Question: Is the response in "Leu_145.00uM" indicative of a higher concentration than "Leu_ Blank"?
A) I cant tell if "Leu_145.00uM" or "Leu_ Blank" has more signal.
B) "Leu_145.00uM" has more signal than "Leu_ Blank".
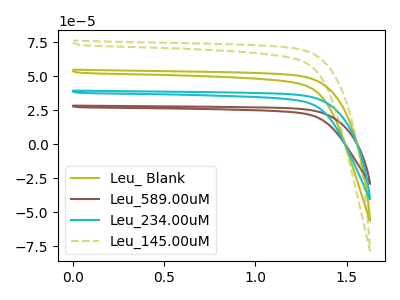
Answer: <think>The olive curve "Leu_ Blank" has no peaks. The brown curve "Leu_589.00uM" has no peaks. The cyan curve "Leu_234.00uM" has no peaks. The olive dashed curve "Leu_145.00uM" has no peaks.
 Neither "Leu_145.00uM" or "Leu_ Blank" have any peaks.</think>
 <answer>A) I cant tell if "Leu_145.00uM" or "Leu_ Blank" has more signal.</answer>
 <eval>A</eval>